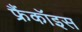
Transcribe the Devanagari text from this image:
फ्रैंकॉइस